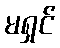
မရှင်